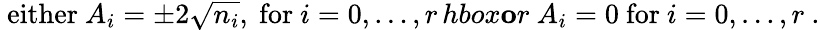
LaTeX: \mathrm{\mathbf~either}\ A_{i}=\pm 2\sqrt{n_{i}},\ \mathrm{for}\ i=0,\dots,r\, hbox{\mathbf or}\ A_{i}=0\ \mathrm{for}\ i=0,\dots,r\ .